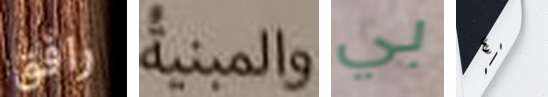
رافق والمبنية بي ٤